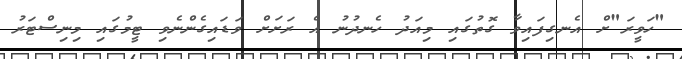
"ހަވީރަ"ށް އެނގިފައިވާ ގޮތުގައި މިއަދު ހެނދުނު އެ ރަށަށް ވަޑައިގެންނެވި ޓީމުގައި މިނިސްޓަރު